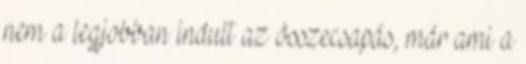
nem a legjobban indult az összecsapás, már ami a